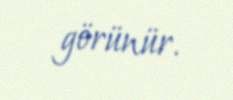
görünür.